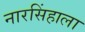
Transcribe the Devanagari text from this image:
नारसिंहाला